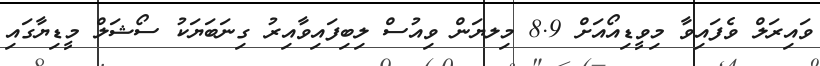
ވައިރަލް ވެފައިވާ މިވީޑިއޯއަށް 8.9 މިލޔަން ވިއުސް ލިބިފައިވާއިރު ގިނަބަޔަކު ސޯޝަލް މީޑިޔާގައި